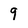
Character: 9